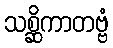
သစ္ဆိကာတဗ္ဗံ